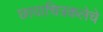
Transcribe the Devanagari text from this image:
छायाचित्रकलेचे